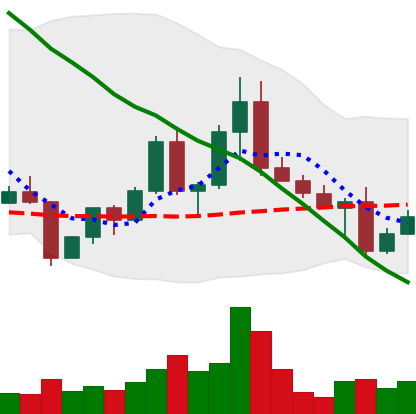
Ticker: EOS-USD
Chart end date: 2022-04-28
Forward return: -11.417%
Label: down_7plus